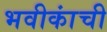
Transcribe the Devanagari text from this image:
भवीकांची